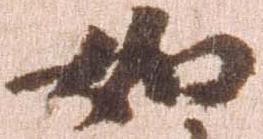
如